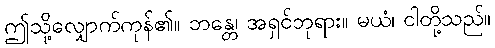
ဤသို့လျှောက်ကုန်၏။ ဘန္တေ၊ အရှင်ဘုရား။ မယံ၊ ငါတို့သည်။